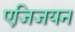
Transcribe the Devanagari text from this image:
एजिजयन